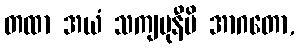
တထာ အယံ သကျမုနီပိ အာဂတော,